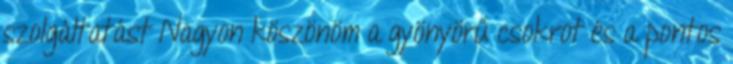
szolgáltatást Nagyon köszönöm a gyönyörű csokrot és a pontos